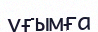
ұғымға